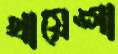
খায়েঙ্গা